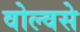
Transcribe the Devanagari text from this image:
वोल्वसे